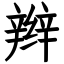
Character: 辫